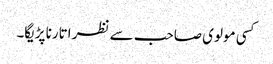
کسی مولوی صاحب سے نظر اتارنا پڑیگا۔